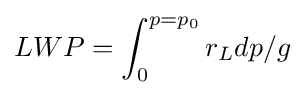
LWP=\int _{0}^{p=p_{0}}r_{L}dp/g